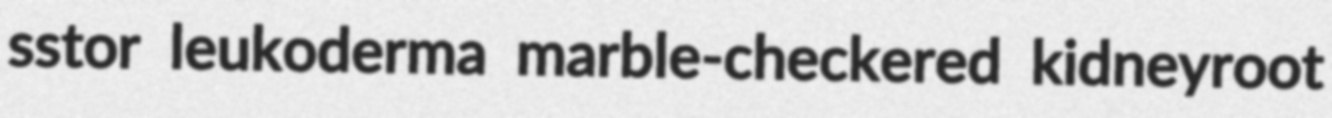
sstor leukoderma marble-checkered kidneyroot